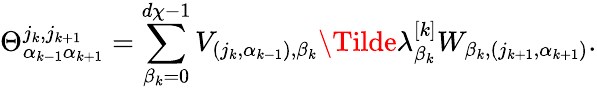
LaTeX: \Theta_{\alpha_{k-1}\alpha_{k+1}}^{j_{k},j_{k+1}}=\sum_{\beta_{k}=0}^{d\chi-1}V_{(j_{k},\alpha_{k-1}),\beta_{k}}\Tilde{\lambda}_{\beta_{k}}^{[k]}W_{\beta_{k},(j_{k+1},\alpha_{k+1})}.